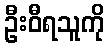
ဦးဝီရသူကို